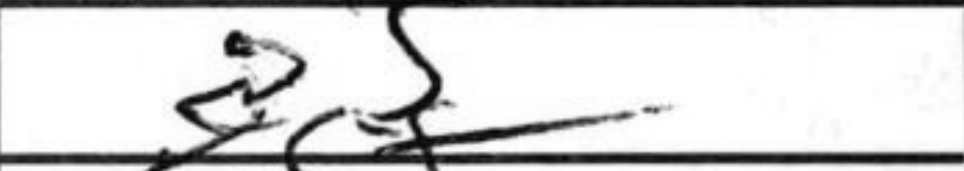
Transcription: a5